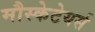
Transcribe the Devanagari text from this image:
मौस्केटेयर्स